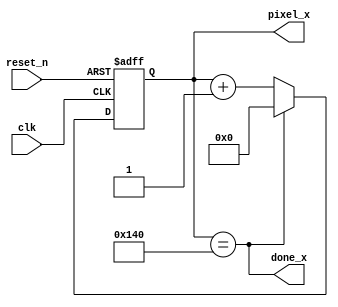
module horizontal_counter(
input clk, reset_n,
output [9:0] pixel_x,
output done_x 
);
reg [9:0] pixel_reg, pixel_next;

always@(posedge clk, negedge reset_n)
begin
  if(~reset_n)
   pixel_reg <= 10'b0;
  else
   pixel_reg <= pixel_next; 
end

always@(*)
begin
  pixel_next = done_x? 10'b0 : pixel_reg + 1;  
end

assign pixel_x = pixel_reg;
assign done_x = pixel_reg == 10'd320;
endmodule